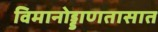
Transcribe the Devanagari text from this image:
विमानोड्डाणतासात